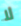
لا